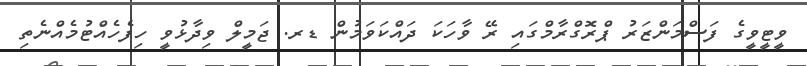
ވީޓީވީގެ ފަސްމަންޒަރު ޕްރޮގްރާމްގައި ރޭ ވާހަކަ ދަައްކަވަމުން ޑރ. ޖަމީލް ވިދާޅުވީ ހިފެހެއްޓުމެއްނެތި